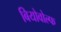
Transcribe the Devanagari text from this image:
बियोवोल्फ